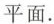
平面。